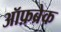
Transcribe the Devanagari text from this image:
ऑफ़ब्रेक